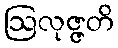
ဩလုဇ္ဇတိ